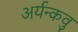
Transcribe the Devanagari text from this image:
अर्यन्कवु